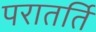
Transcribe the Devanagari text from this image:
परातर्ति